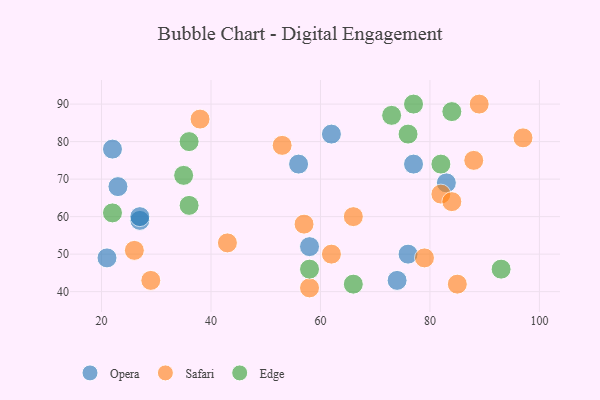
{"axis": {"x": "GDP", "y": "Life Expectancy"}, "legend": ["Edge", "Opera", "Safari"], "data": [{"x": "22", "y": 78, "type": "Opera"}, {"x": "76", "y": 50, "type": "Opera"}, {"x": "27", "y": 59, "type": "Opera"}, {"x": "58", "y": 52, "type": "Opera"}, {"x": "62", "y": 82, "type": "Opera"}, {"x": "21", "y": 49, "type": "Opera"}, {"x": "23", "y": 68, "type": "Opera"}, {"x": "27", "y": 60, "type": "Opera"}, {"x": "56", "y": 74, "type": "Opera"}, {"x": "83", "y": 69, "type": "Opera"}, {"x": "74", "y": 43, "type": "Opera"}, {"x": "77", "y": 74, "type": "Opera"}, {"x": "26", "y": 51, "type": "Safari"}, {"x": "82", "y": 66, "type": "Safari"}, {"x": "97", "y": 81, "type": "Safari"}, {"x": "43", "y": 53, "type": "Safari"}, {"x": "62", "y": 50, "type": "Safari"}, {"x": "89", "y": 90, "type": "Safari"}, {"x": "85", "y": 42, "type": "Safari"}, {"x": "58", "y": 41, "type": "Safari"}, {"x": "38", "y": 86, "type": "Safari"}, {"x": "66", "y": 60, "type": "Safari"}, {"x": "84", "y": 64, "type": "Safari"}, {"x": "88", "y": 75, "type": "Safari"}, {"x": "29", "y": 43, "type": "Safari"}, {"x": "79", "y": 49, "type": "Safari"}, {"x": "53", "y": 79, "type": "Safari"}, {"x": "57", "y": 58, "type": "Safari"}, {"x": "82", "y": 74, "type": "Edge"}, {"x": "76", "y": 82, "type": "Edge"}, {"x": "66", "y": 42, "type": "Edge"}, {"x": "22", "y": 61, "type": "Edge"}, {"x": "58", "y": 46, "type": "Edge"}, {"x": "73", "y": 87, "type": "Edge"}, {"x": "84", "y": 88, "type": "Edge"}, {"x": "93", "y": 46, "type": "Edge"}, {"x": "36", "y": 80, "type": "Edge"}, {"x": "35", "y": 71, "type": "Edge"}, {"x": "36", "y": 63, "type": "Edge"}, {"x": "77", "y": 90, "type": "Edge"}]}